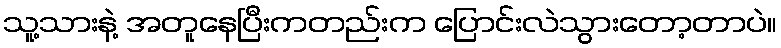
သူ့သားနဲ့ အတူနေပြီးကတည်းက ပြောင်းလဲသွားတော့တာပဲ။